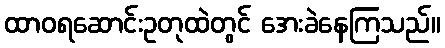
ထာဝရဆောင်းဥတုထဲတွင် အေးခဲနေကြသည်။